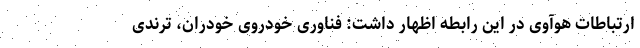
ارتباطات هوآوی در این رابطه اظهار داشت: فناوری خودروی خودران، ترندی